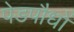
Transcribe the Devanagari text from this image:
पेडपौधों